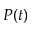
P ( t )